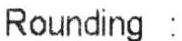
ROUNDING :